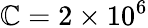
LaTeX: \mathbb{C}=2\times10^{6}